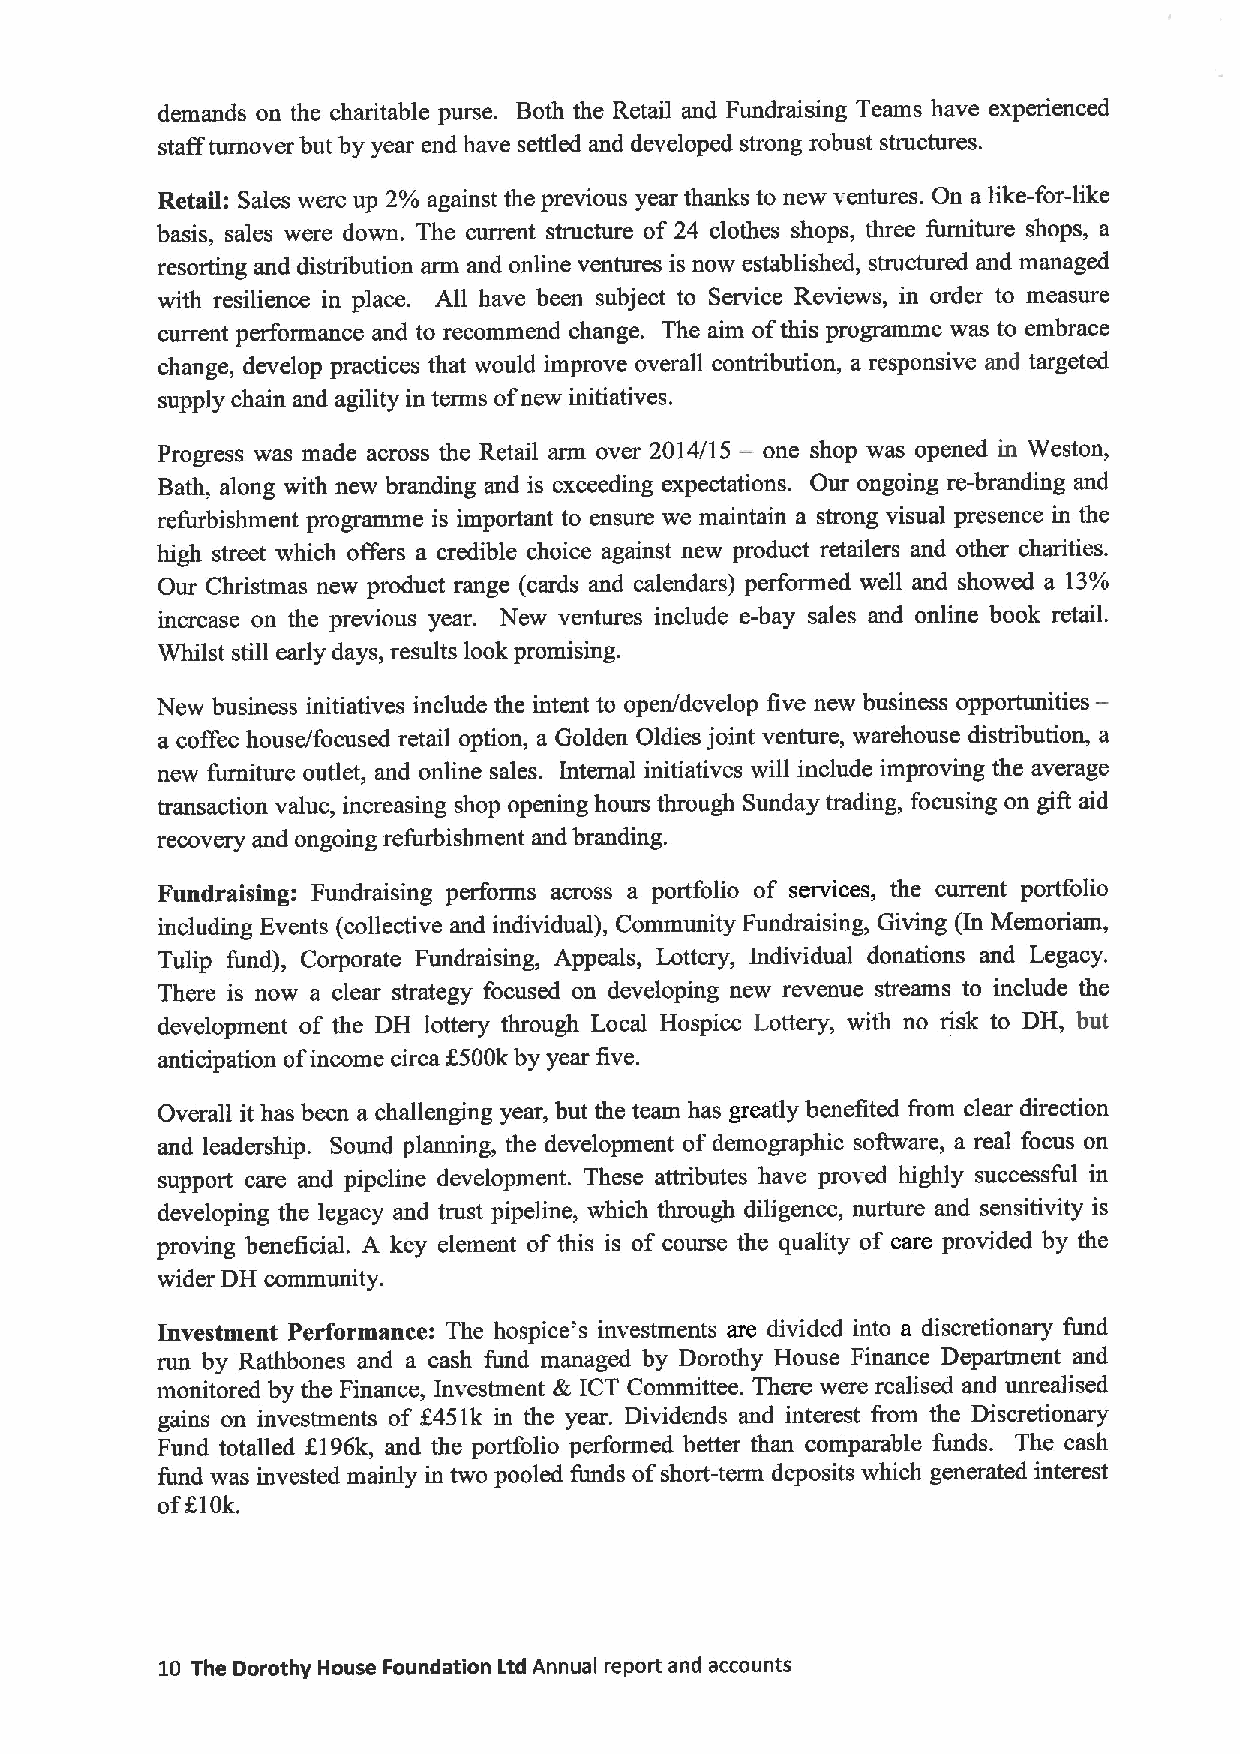
demands on the charitable purse. Both the Retail and Fundraising Teams have experienced
 staff turnover but by year end have settled and developed strong robust structures.
 Retail: Sales were up 2% against the previous year thanks to new ventures. On a like-for-like
 basis, sales were down. The current structure of 24 clothes shops, three furniture shops, a
 resorting and distribution arm and online ventures is now established, structured and managed
 with resilience in place. All have been subject to Service Reviews, in order to measure
 current performance and to recommend change. The aim ofthis programme was to embrace
 change, develop practices that would improve overall contribution, a responsive and targeted
 supply chain and agility in terms ofnew initiatives.
 —
 Progress was made across the Retail arm over 2014/15 one shop was opened in Weston,
 Bath, along with new branding and is exceeding expectations. Our ongoing re-branding and
 refurbishment programme is important to ensure we maintain a strong visual presence in the
 high street which offers a credible choice against new product retailers and other charities.
 Our Christmas new product range (cards and calendars) performed well and showed a 13%
 increase on the previous year. New ventures include e-bay sales and online book retail.
 Whilst still early days, results look promising.
 New business initiatives include the intent to open/develop five new business opportunities-
 a coffee house/focused retail option, a Golden Oldies joint venture, warehouse distribution, a
 new furniture outlet, and online sales. Internal initiatives will include improving the average
 transaction value, increasing shop opening hours through Sunday trading, focusing on gift aid
 recovery and ongoing refurbishment and branding.
 Fundraislng: Fundraising performs across a portfolio of services, the current portfolio
 including Events (collective and individual), Community Fundraising, Giving (In Memoriam,
 Tulip fund), Corporate Fundraising, Appeals, Lottery, Individual donations and Legacy.
 There is now a clear strategy focused on developing new revenue streams to include the
 development of the DH lottery through Local Hospice Lottery, with no risk to DH, but
 anticipation ofincome circa 1500kby year five.
 Overall it has been a challenging year, but the team has greatly benefited from clear direction
 and leadership. Sound planning, the development of demographic software, a real focus on
 support care and pipeline development. These attributes have proved highly successful in
 developing the legacy and trust pipeline, which through diligence, nurture and sensitivity is
 proving beneficial. A key element of this is of course the quality of care provided by the
 wider DH community.
 Investment Performance: The hospice's investments are divided into a discretionary fund
 run by Rathbones and a cash fund managed by Dorothy House Finance Department and
 monitored by the Finance, Investment & ICT Committee. There were realised and unrealised
 gains on investments of f451k in the year. Dividends and interest &om the Discretionary
 Fund totalled 6196k, and the portfolio performed better than comparable funds. The cash
 fund was invested mainly in two pooled funds ofshort-term deposits which generated interest
 of610k.
 10 The Dorothy House Foundation Ltd Annual report and accounts